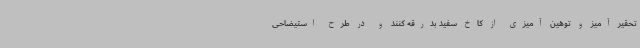
تحقیر آمیز و توهین آمیزی از کاخ سفید بدرقه کنند و در طرح استیضاحی